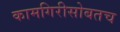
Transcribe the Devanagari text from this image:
कामगिरीसोबतच